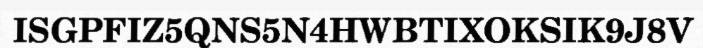
ISGPFIZ5QNS5N4HWBTIXOKSIK9J8V